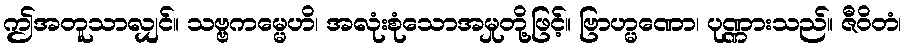
ဤအတူသာလျှင်။ သဗ္ဗကမ္မေဟိ၊ အလုံးစုံသောအမှုတို့ဖြင့်။ ဗြာဟ္မဏော၊ ပုဏ္ဏားသည်။ ဇီဝိတံ၊